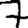
Digit: 7